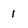
Character: 1